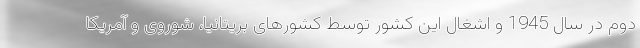
دوم در سال 1945 و اشغال این کشور توسط کشورهای بریتانیا، شوروی و آمریکا